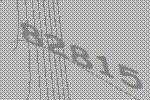
82815